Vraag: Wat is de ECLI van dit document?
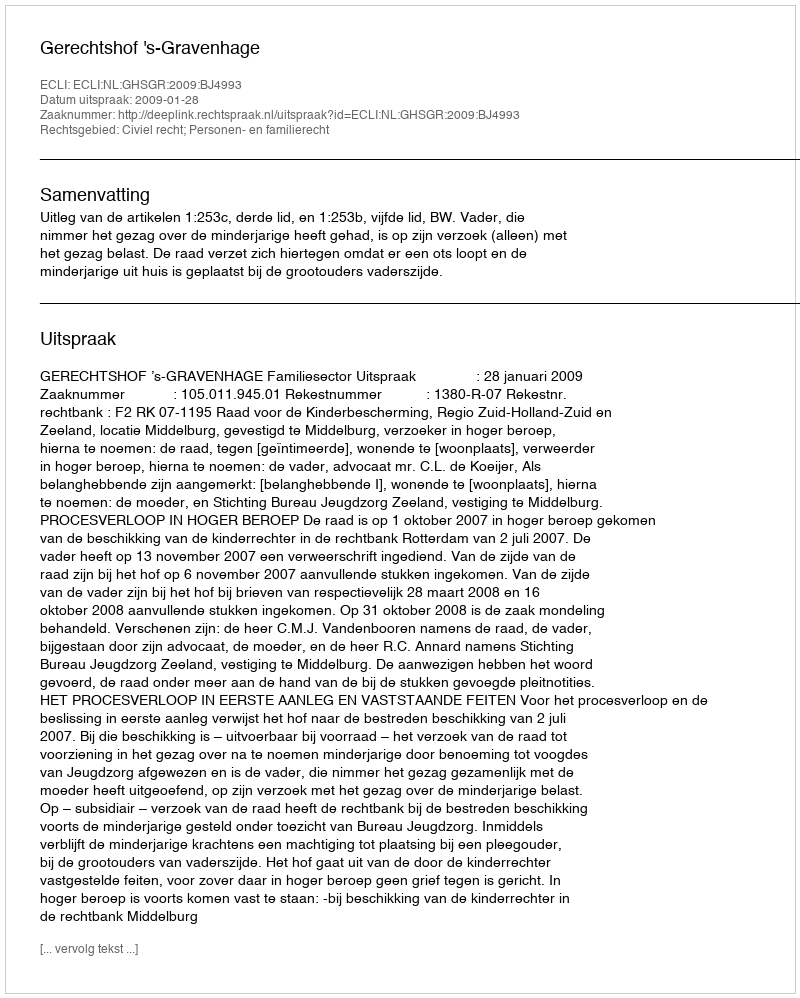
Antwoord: ECLI:NL:GHSGR:2009:BJ4993